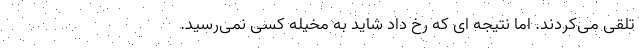
تلقی می‌کردند. اما نتیجه ای که رخ داد شاید به مخیله‌ کسی نمی‌رسید.